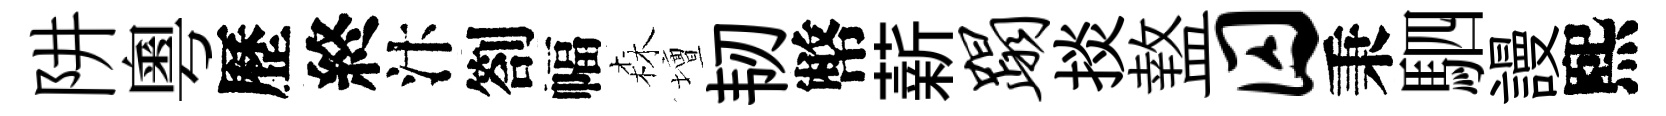
阱粵歷終汴劄幅森壇韧幣薪蹋掞盩囚秉駟謾熙